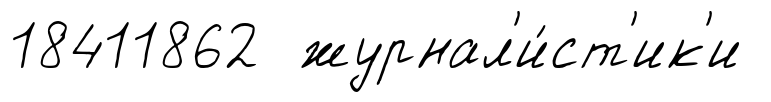
18411862 журнал'и́ст'ик'и